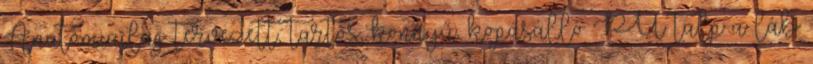
Anatómiailag tervezett, tartós, könnyű, kopásálló PU talp a láb